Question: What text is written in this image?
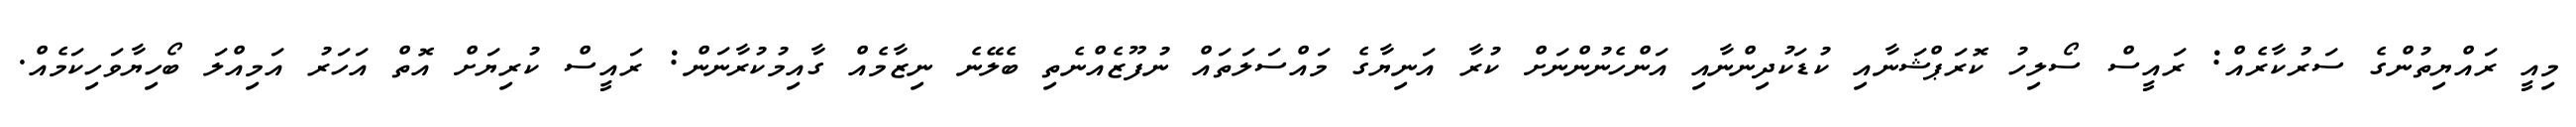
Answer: މިއީ ރައްޔިތުންގެ ސަރުކާރެއް: ރައީސް ސޯލިހު ކޮރަޕްޝަނާއި ކުޑަކުދިންނާއި އަންހެނުންނަށް ކުރާ އަނިޔާގެ މައްސަލަތައް ނުފޫޒެއްނެތި ބެލޭނެ ނިޒާމެއް ގާއިމުކުރާނަން: ރައީސް ކުރިޔަށް އޮތް އަހަރު އަމިއްލަ ބޯހިޔާވަހިކަމެއް.